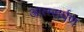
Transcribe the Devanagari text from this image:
आत्म्सर्पण